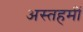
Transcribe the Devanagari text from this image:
अस्तहमीं